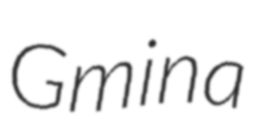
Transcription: Gmina